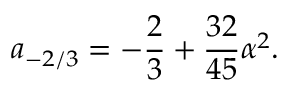
a _ { - 2 / 3 } = - \frac { 2 } { 3 } + \frac { 3 2 } { 4 5 } \alpha ^ { 2 } .